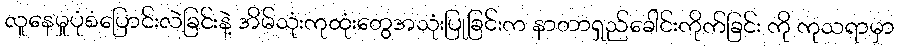
လူနေမှုပုံစံပြောင်းလဲခြင်းနဲ့ အိမ်သုံးကုထုံးတွေအသုံးပြုခြင်းက နာတာရှည်ခေါင်းကိုက်ခြင်း ကို ကုသရာမှာ